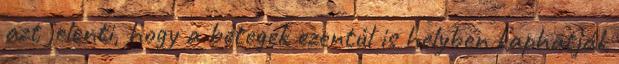
azt jelenti, hogy a betegek ezentúl is helyben kaphatják